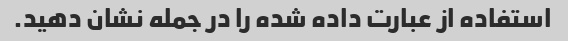
استفاده از عبارت داده شده را در جمله نشان دهید.